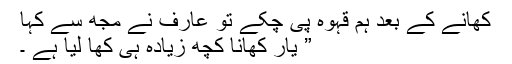
کھانے کے بعد ہم قہوہ پی چکے تو عارف نے مجھ سے کہا
” یار کھانا کچھ زیادہ ہی کھا لیا ہے ۔